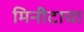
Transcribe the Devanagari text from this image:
मिनीटाचा